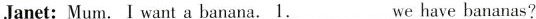
Janet:Mum.I want a banana.\underline{1}We have bananas?